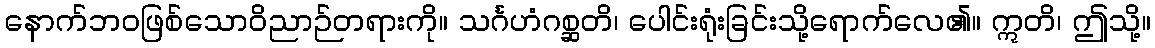
နောက်ဘဝဖြစ်သောဝိညာဉ်တရားကို။ သင်္ဂဟံဂစ္ဆတိ၊ ပေါင်းရုံးခြင်းသို့ရောက်လေ၏။ ဣတိ၊ ဤသို့။